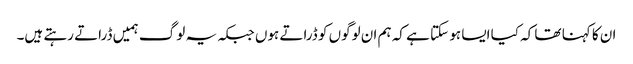
ان کا کہنا تھا کہ کیا ایسا ہو سکتا ہے کہ ہم ان لوگوں کو ڈراتے ہوں جبکہ یہ لوگ ہمیں ڈراتے رہتے ہیں۔